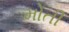
મોતી